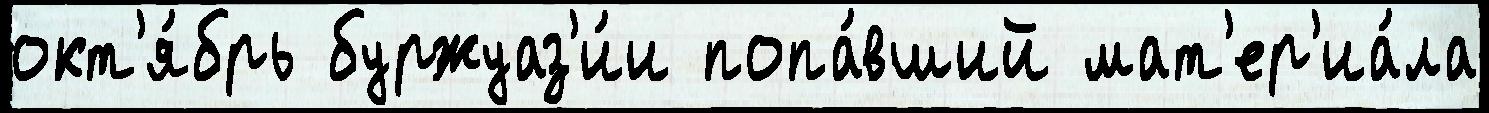
окт'я́брь буржуаз'и́и попа́вший мат'ер'иа́ла